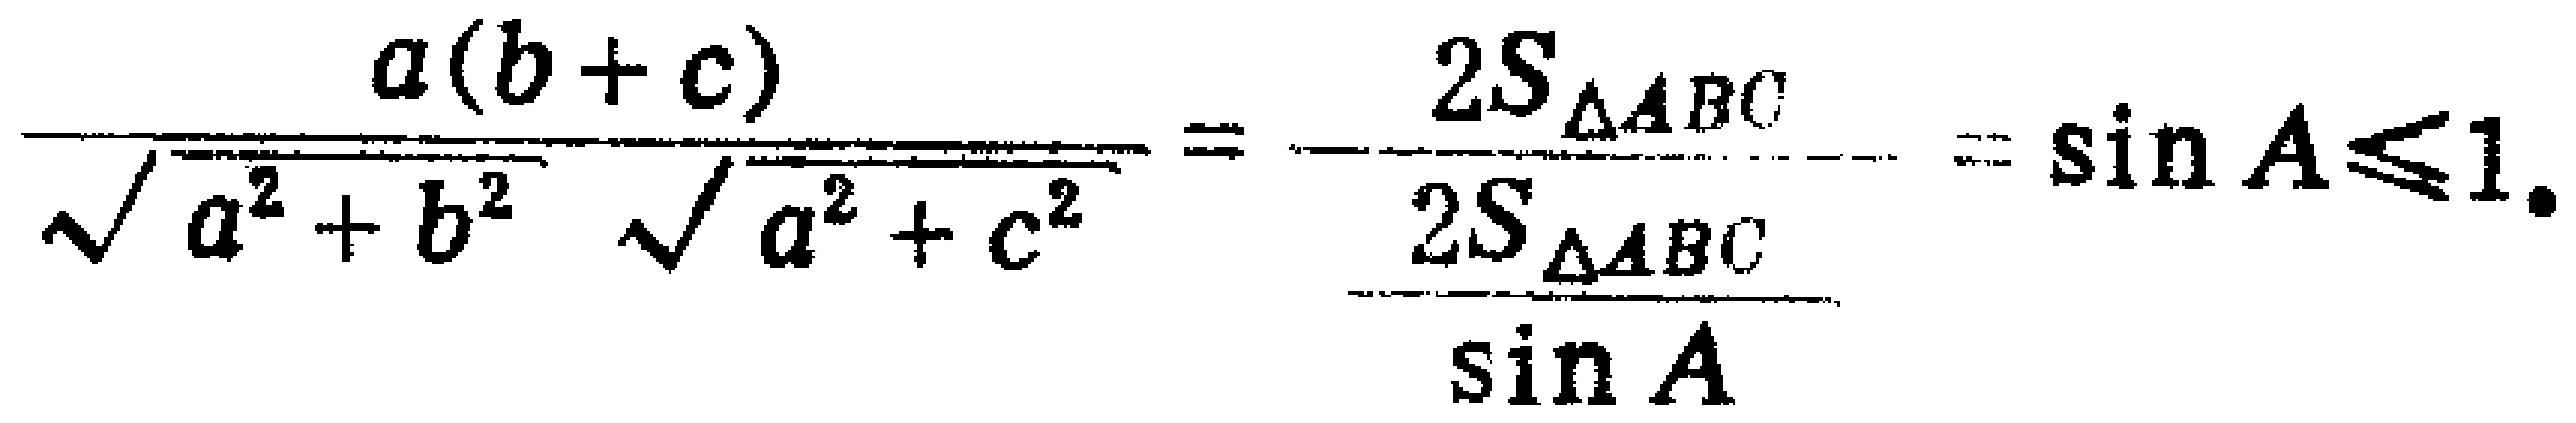
\(\frac{a(b + c)}{\sqrt{a^{2}+b^{2}}\sqrt{a^{2}+c^{2}}}=\frac{2S_{\triangle ABC}}{\frac{2S_{\triangle ABC}}{\sin A}}=\sin A\leqslant1.\)